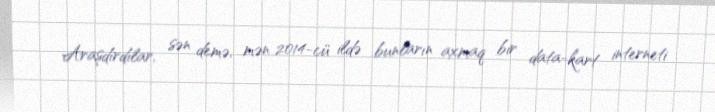
Araşdırdılar, sən demə, mən 2014-cü ildə bunların axmaq bir data-kart interneti